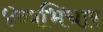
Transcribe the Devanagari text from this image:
४व्यभिचार